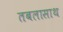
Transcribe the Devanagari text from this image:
तबलासाथ